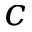
c